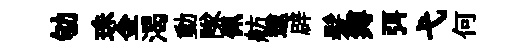
劬珠金渴動隊佩舫逮辟髪缚弭弋何